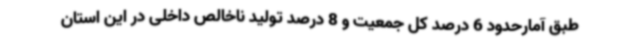
طبق آمارحدود 6 درصد کل جمعیت و 8 درصد تولید ناخالص داخلی در این استان